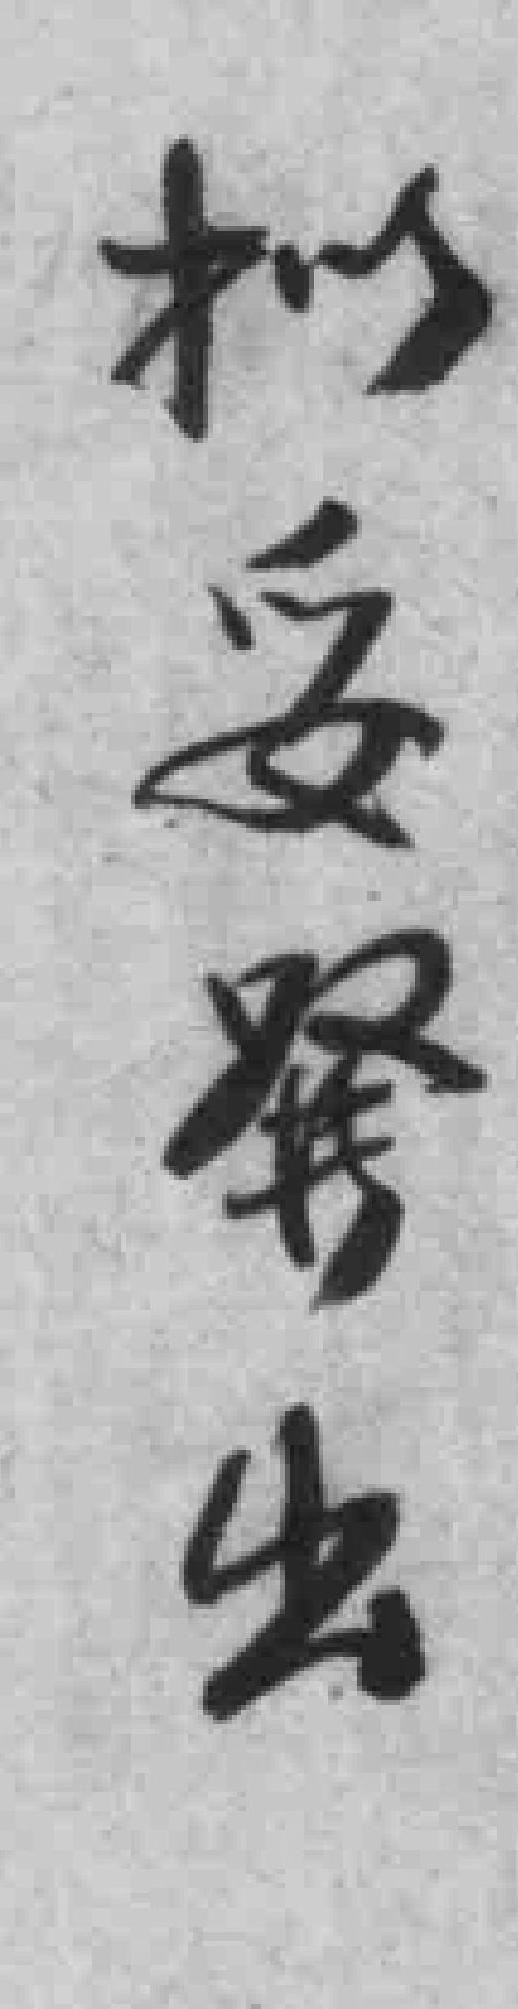
拟妥發出